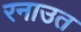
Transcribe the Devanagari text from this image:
रनाउत